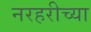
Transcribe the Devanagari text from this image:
नरहरीच्या